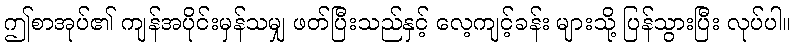
ဤစာအုပ်၏ ကျန်အပိုင်းမှန်သမျှ ဖတ်ပြီးသည်နှင့် လေ့ကျင့်ခန်း များသို့ ပြန်သွားပြီး လုပ်ပါ။